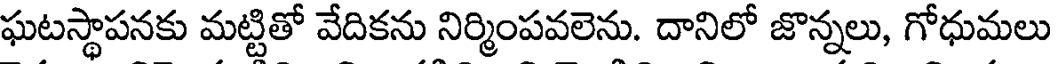
ఘటస్థాపనకు మట్టితో వేదికను నిర్మింపవలెను. దానిలో జొన్నలు, గోధుమలు